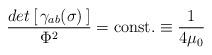
LaTeX: \begin{align*}{det\left[\, \gamma_{ab}(\sigma)\,\right] \over \Phi^2}=\mathrm{const.}\equiv{1\over 4\mu_0}\end{align*}